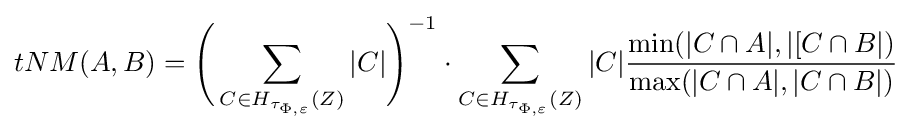
tNM(A,B)={\Biggl (}\sum _{C\in H_{\tau _{\Phi ,\varepsilon }}(Z)}|C|{\Biggr )}^{-1}\cdot \sum _{C\in H_{\tau _{\Phi ,\varepsilon }}(Z)}|C|{\frac {\min(|C\cap A|,|[C\cap B|)}{\max(|C\cap A|,|C\cap B|)}}